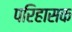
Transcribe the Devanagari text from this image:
परिहासक